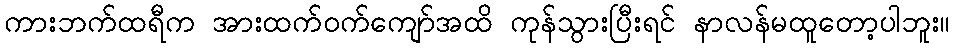
ကားဘက်ထရီက အားထက်ဝက်ကျော်အထိ ကုန်သွားပြီးရင် နာလန်မထူတော့ပါဘူး။